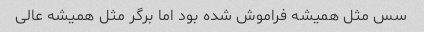
سس مثل همیشه فراموش شده بود اما برگر مثل همیشه عالی